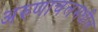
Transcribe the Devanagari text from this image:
अरुणाचलमधील